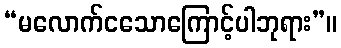
“မလောက်ငသောကြောင့်ပါဘုရား”။